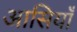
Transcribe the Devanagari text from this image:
आसियाँ